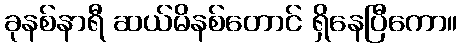
ခုနစ်နာရီ ဆယ်မိနစ်တောင် ရှိနေပြီကော။